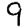
Digit: 9